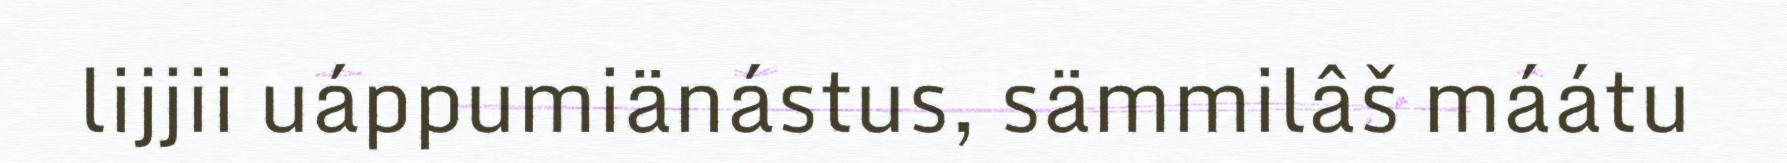
lijjii uáppumiänástus, sämmilâš máátu